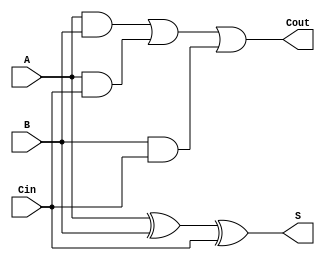
module full_adder(S, Cout, A, B, Cin);
  input A, B, Cin;
  output S, Cout;

  wire w1, w2, w3;
  xor sResult(S, A, B, Cin);
  and and1(w1, A, B);
  and and2(w2, A, Cin);
  and and3(w3, B, Cin);
  or or1(Cout, w1, w2, w3);
endmodule